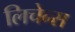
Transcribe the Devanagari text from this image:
लिचेन्स